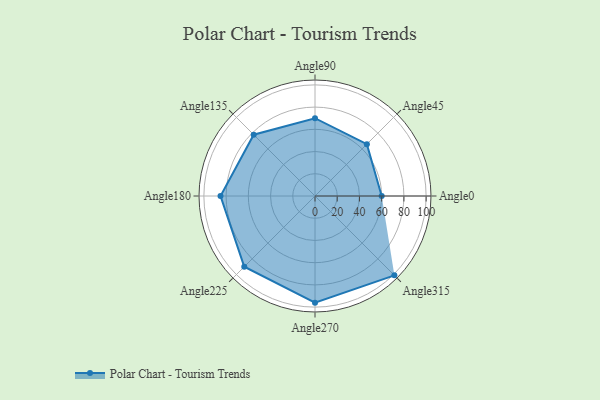
{"axis": {"x": "Angle", "y": "Radius"}, "legend": [""], "data": [{"x": "Angle0", "y": 60.0, "type": ""}, {"x": "Angle45", "y": 66.0, "type": ""}, {"x": "Angle90", "y": 70.0, "type": ""}, {"x": "Angle135", "y": 78.0, "type": ""}, {"x": "Angle180", "y": 85.0, "type": ""}, {"x": "Angle225", "y": 90.0, "type": ""}, {"x": "Angle270", "y": 96.0, "type": ""}, {"x": "Angle315", "y": 101.0, "type": ""}]}